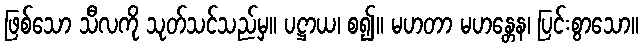
ဖြစ်သော သီလကို သုတ်သင်သည်မှ။ ပဋ္ဌာယ၊ စ၍။ မဟတာ မဟန္တေန၊ ပြင်းစွာသော။